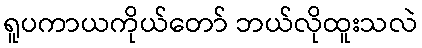
ရူပကာယကိုယ်တော် ဘယ်လိုထူးသလဲ